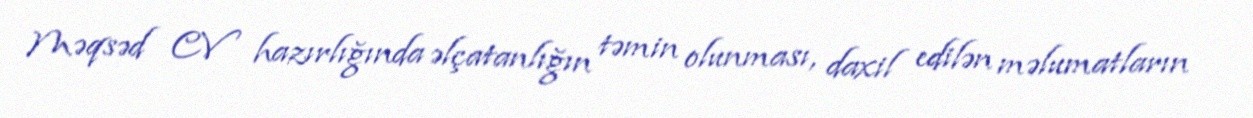
Məqsəd CV hazırlığında əlçatanlığın təmin olunması, daxil edilən məlumatların